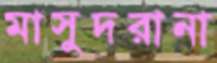
মাসুদরানা